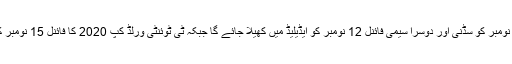
ایونٹ کا پہلا سیمی فائنل 11 نومبر کو سڈنی اور دوسرا سیمی فائنل 12 نومبر کو ایڈیلیڈ میں کھیلا جائے گا جبکہ ٹی ٹوئنٹی ورلڈ کپ 2020 کا فائنل 15 نومبر کو میلبرن میں کھیلا جائے گا۔